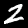
Digit: 2